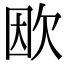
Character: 欭